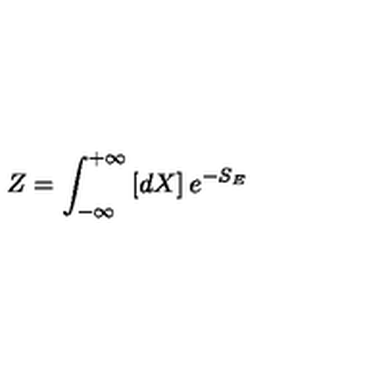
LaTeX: Z = \int _ { - \infty } ^ { + \infty } \left[ d X \right] e ^ { - S _ { E } }